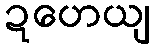
ဍဟေယျ